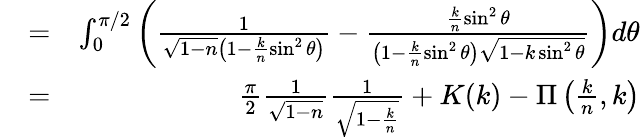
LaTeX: \begin{array}{rlr}&{=}&{\int_{0}^{\pi/2}\left(\frac{1}{\sqrt{1-n}\left(1-\frac{k}{n}\sin^{2}\theta\right)}-\frac{\frac{k}{n}\sin^{2}\theta}{\left(1-\frac{k}{n}\sin^{2}\theta\right)\sqrt{1-k\sin^{2}\theta}}\right)d\theta}\\ &{=}&{\frac{\pi}{2}\frac{1}{\sqrt{1-n}}\frac{1}{\sqrt{1-\frac{k}{n}}}+K(k)-\Pi\left(\frac{k}{n},k\right)}\end{array}